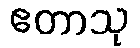
ဧတာသု